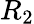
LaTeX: R_{2}